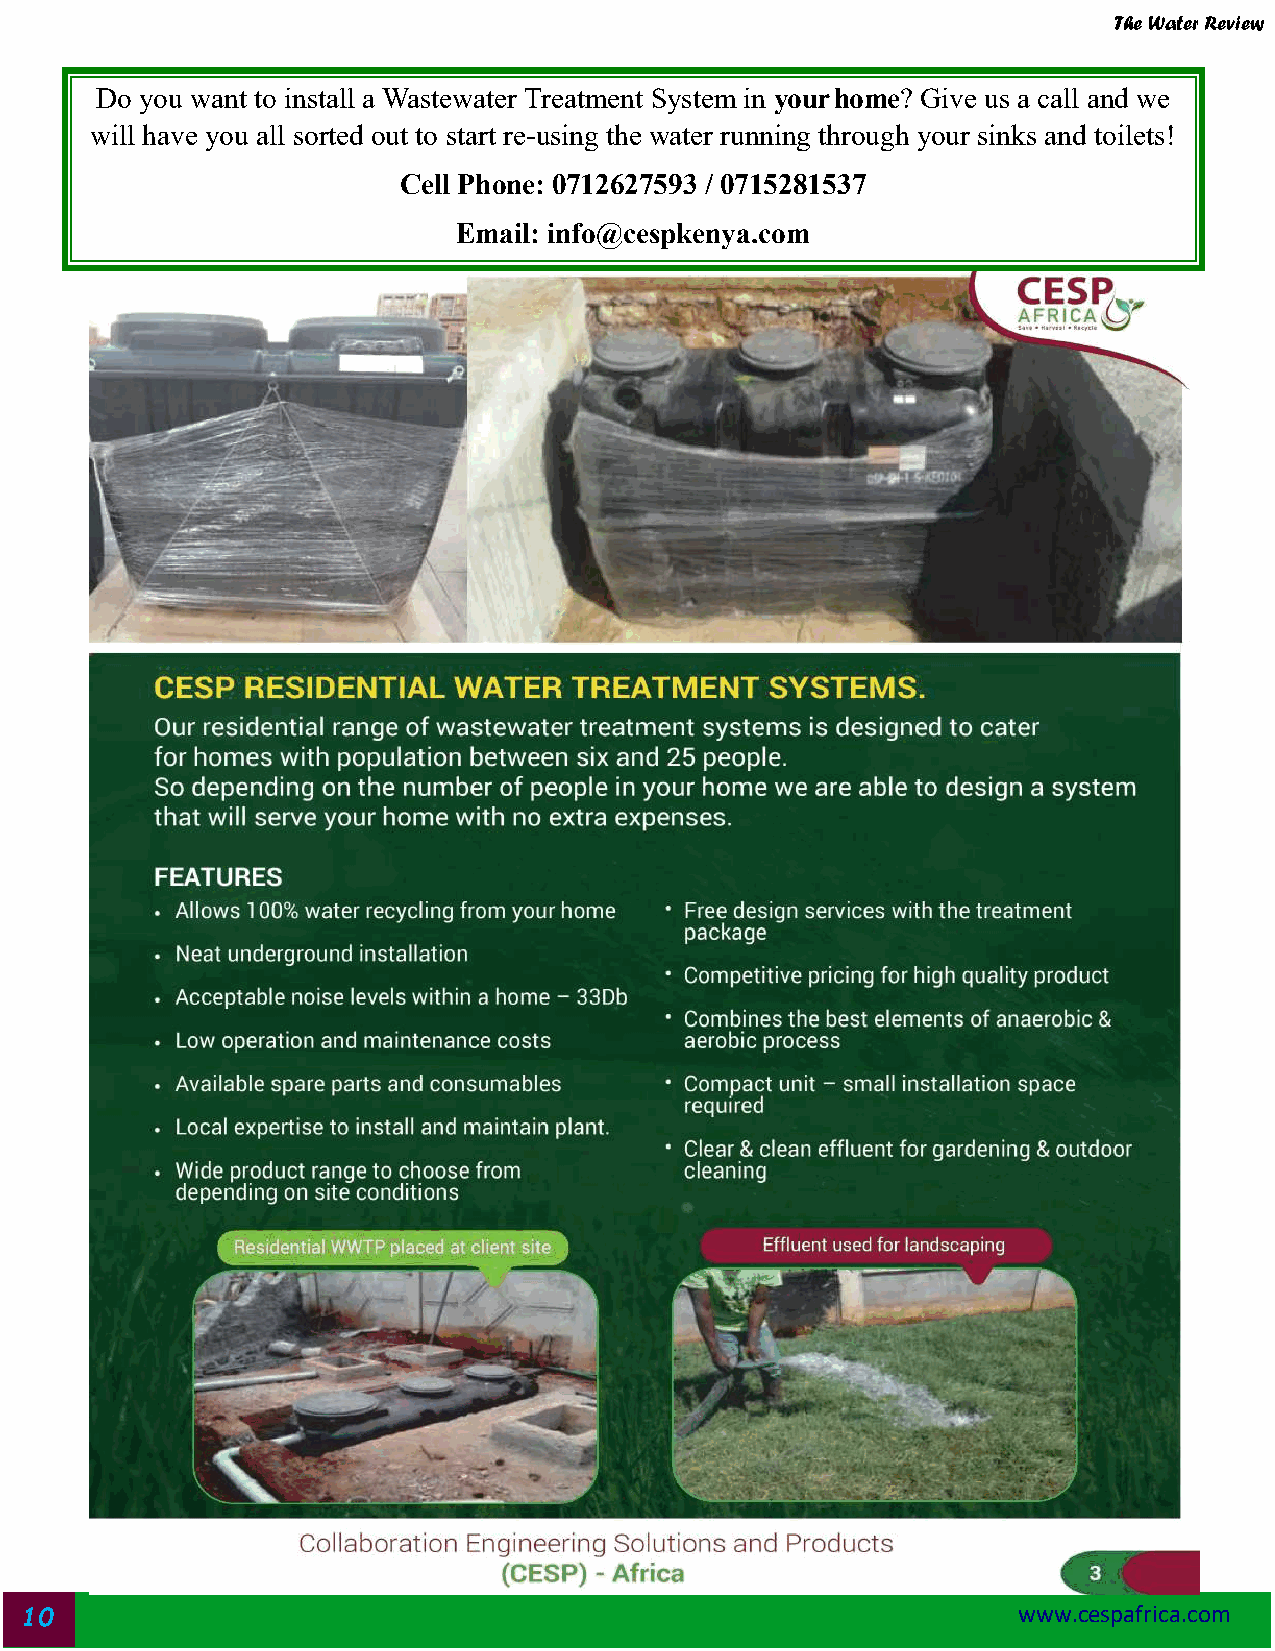
The Water Review
 Do you want to install a Wastewater Treatment System in your home? Give us a call and we
 will have you all sorted out to start re-using the water running through your sinks and toilets!
 Cell Phone: 0712627593 / 0715281537
 Email: info@cespkenya.com
 10                                                                www.cespafrica.com